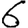
Digit: 6